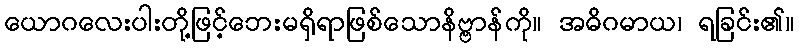
ယောဂလေးပါးတို့ဖြင့်ဘေးမရှိရာဖြစ်သောနိဗ္ဗာန်ကို။ အဓိဂမာယ၊ ရခြင်း၏။